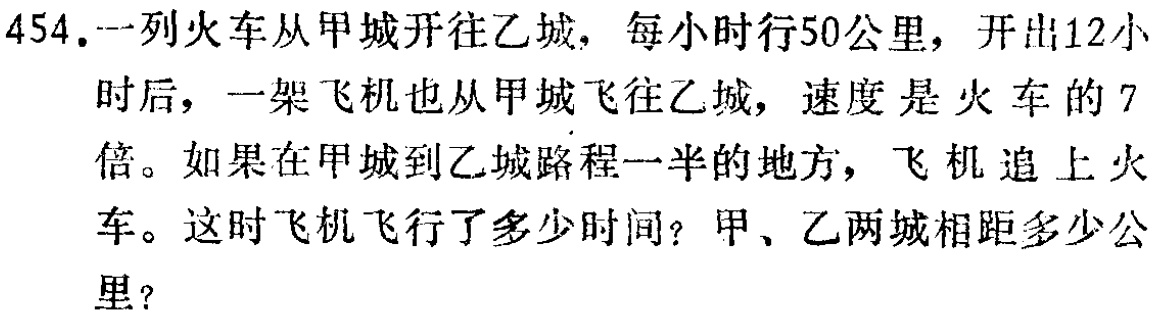
454.一列火车从甲城开往乙城，每小时行50公里，开出12小时后，一架飞机也从甲城飞往乙城，速度是火车的7倍。如果在甲城到乙城路程一半的地方，飞机追上火车。这时飞机飞行了多少时间？甲、乙两城相距多少公里？